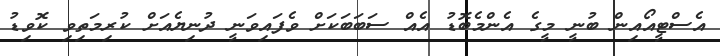
އެސްޓީއޯއިން ބުނީ މީގެ އެންމެބޮޑު އެއް ސަބަބަކަށް ވެފައިވަނީ ދުނިޔެއަށް ކުރިމަތިވި ކޮވިޑު